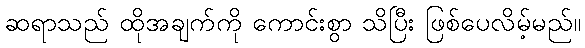
ဆရာသည် ထိုအချက်ကို ကောင်းစွာ သိပြီး ဖြစ်ပေလိမ့်မည်။